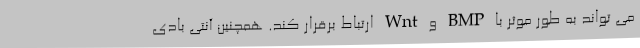
می تواند به طور موثر با BMP و Wnt ارتباط برقرار کند. همچنین آنتی بادی